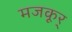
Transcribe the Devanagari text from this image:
मजकूर्